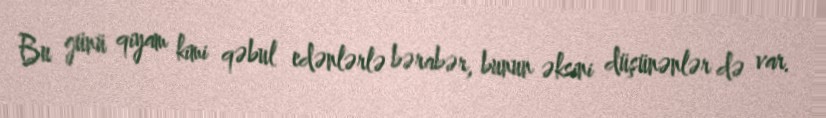
Bu günü qiyam kimi qəbul edənlərlə bərabər, bunun əksini düşünənlər də var.